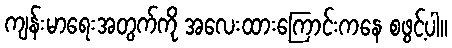
ကျန်းမာရေးအတွက်ကို အလေးထားကြောင်းကနေ စဖွင့်ပါ။